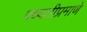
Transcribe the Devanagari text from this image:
पध्दतीप्रमाणे